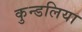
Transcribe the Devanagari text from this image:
कुन्डलिया